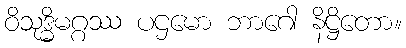
ဝိသုဒ္ဓိမဂ္ဂဿ ပဌမော ဘာဂေါ နိဋ္ဌိတော။